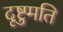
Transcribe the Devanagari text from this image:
दृष्टुमति